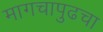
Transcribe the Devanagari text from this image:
मागचापुढचा